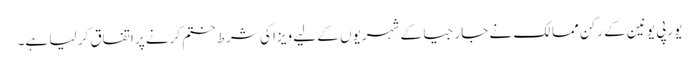
یورپی یونین کے رکن ممالک نے جارجیا کے شہریوں کے لیے ویزا کی شرط ختم کرنے پر اتفاق کر لیا ہے۔